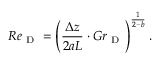
R e _ { \mathrm { ~ D ~ } } = \left( \frac { \Delta z } { 2 a L } \cdot G r _ { \mathrm { ~ D ~ } } \right) ^ { \frac { 1 } { 2 - b } } .